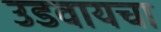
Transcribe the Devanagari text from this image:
उडवायचा